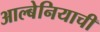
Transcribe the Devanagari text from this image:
आल्बेनियाची